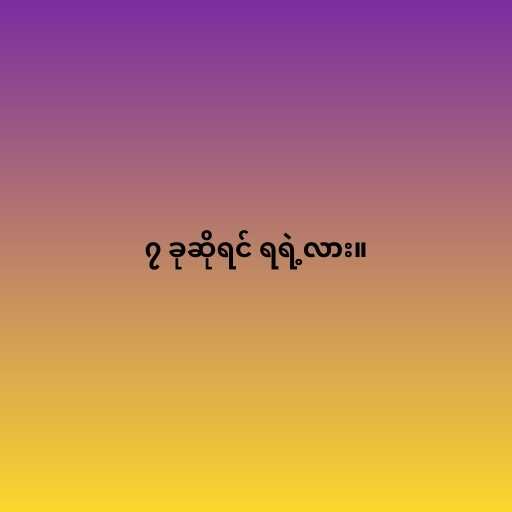
၇ ခုဆိုရင် ရရဲ့လား။